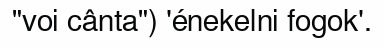
"voi cânta") 'énekelni fogok'.